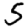
Digit: 5